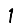
Digit: 1